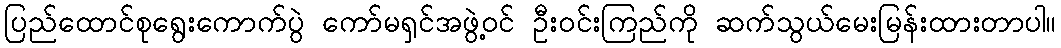
ပြည်ထောင်စုရွေးကောက်ပွဲ ကော်မရှင်အဖွဲ့ဝင် ဦးဝင်းကြည်ကို ဆက်သွယ်မေးမြန်းထားတာပါ။